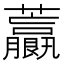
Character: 𧅋